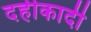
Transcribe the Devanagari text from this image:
दहीकादी